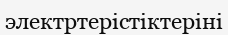
электртерістіктеріні